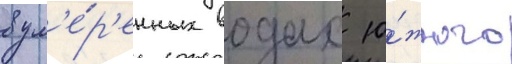
в ум'е́р'енных водах ю́жного